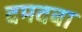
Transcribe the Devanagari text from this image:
दमदबा